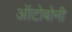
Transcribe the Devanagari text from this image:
ऑटोबोनी